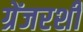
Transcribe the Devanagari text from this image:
ग्रेंजरशी